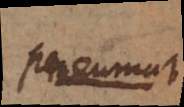
pneumat